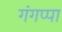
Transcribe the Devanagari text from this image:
गंगप्पा